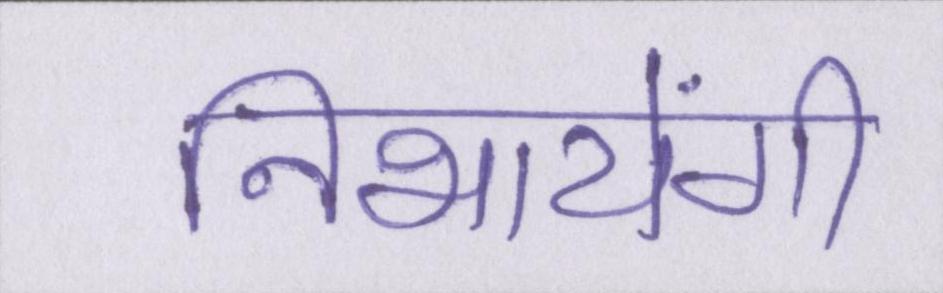
निभायेंगी